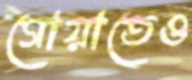
গোয়াতেও